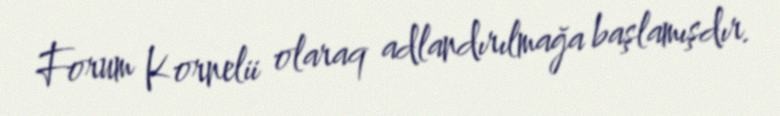
Forum Kornelii olaraq adlandırılmağa başlamışdır.